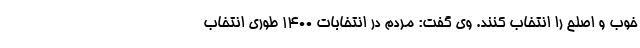
خوب و اصلح را انتخاب کنند. وی گفت: مردم در انتخابات ۱۴۰۰ طوری انتخاب